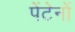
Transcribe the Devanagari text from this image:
पेंटेनों